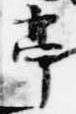
亭